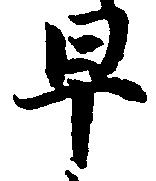
早